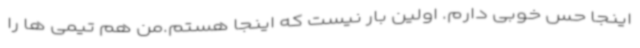
اینجا حس خوبی دارم. اولین بار نیست که اینجا هستم.من هم تیمی ها را